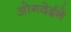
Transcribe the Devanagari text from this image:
ओगदेईने